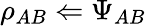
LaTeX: \rho_{AB}\Leftarrow\Psi_{AB}